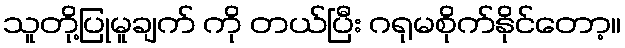
သူတို့ပြုမူချက် ကို တယ်ပြီး ဂရုမစိုက်နိုင်တော့။